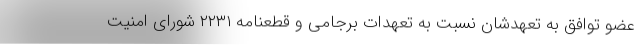
عضو توافق به تعهدشان نسبت به تعهدات برجامی و قطعنامه ۲۲۳۱ شورای امنیت